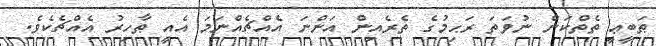
ޠަބީޢީ ތެތްކަން ނުވަތަ ރަޙިމުގެ ތެރެއިން އަންނަ އެއްޗެއްނަމަ އެއީ ޠާހިރު އެއްޗެކެވެ.